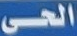
الحى